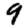
Digit: 9